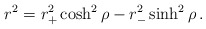
\begin{align*}r^2 = r_+^2 \cosh^2 \rho -r_-^2 \sinh^2 \rho \,.\end{align*}